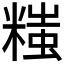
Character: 𬖲